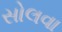
સોલવા